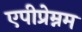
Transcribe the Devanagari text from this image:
एपीप्रेम्नम